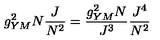
g _ { Y M } ^ { 2 } N \frac { J } { N ^ { 2 } } = \frac { g _ { Y M } ^ { 2 } N } { J ^ { 3 } } \frac { J ^ { 4 } } { N ^ { 2 } }